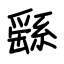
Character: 繇